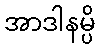
အာဒါနမ္ပိ